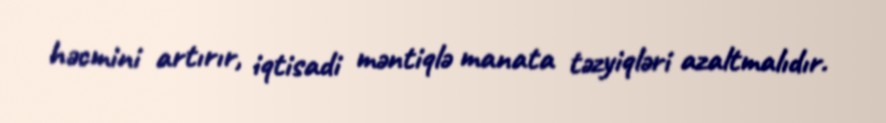
həcmini artırır, iqtisadi məntiqlə manata təzyiqləri azaltmalıdır.